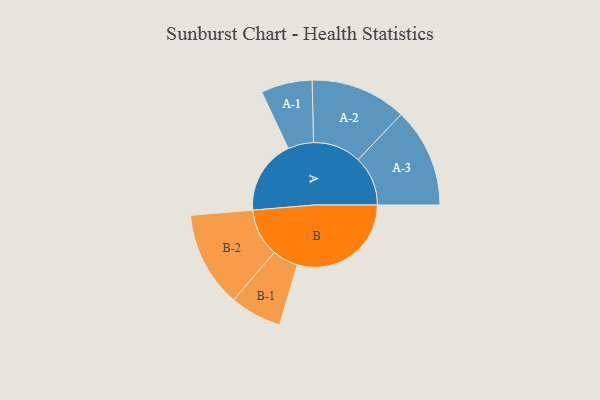
{"axis": {"x": "Segment", "y": "Value"}, "legend": ["", "A", "B"], "data": [{"x": "A", "y": 308, "type": ""}, {"x": "B", "y": 472, "type": ""}, {"x": "A-1", "y": 106, "type": "A"}, {"x": "A-2", "y": 199, "type": "A"}, {"x": "A-3", "y": 206, "type": "A"}, {"x": "B-1", "y": 107, "type": "B"}, {"x": "B-2", "y": 198, "type": "B"}]}